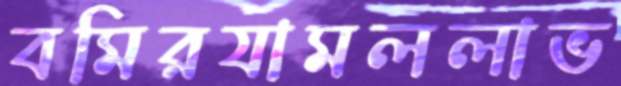
বমিরযামললাভ